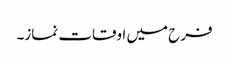
فرح میں اوقات نماز۔